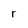
Character: r